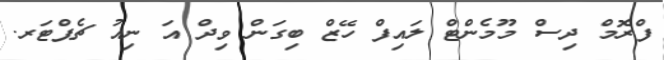
ފްރޮމް ދިސް މޫމެންޓް ލައިފް ހޭޒް ބިގަން ވިދް އަ ނިއު ޗެޕްޓަރ.